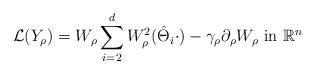
LaTeX: \begin{align*}\begin{aligned}\mathcal L(Y_\rho)= W_\rho \sum_{i=2}^d W^2_\rho(\hat\Theta_i\cdot)-\gamma_\rho\partial_\rho W_\rho\ \hbox{in}\ \mathbb R^n\end{aligned}\end{align*}